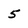
Character: 5